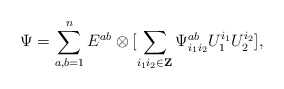
\begin{align*}\Psi =\sum_{a,b =1}^{n} E^{ab}\otimes [\sum_{i_1 i_2 \in {\bf Z}}\Psi^{ab}_{i_1 i_2} U_1^{i_1} U_2^{i_2}],\end{align*}